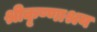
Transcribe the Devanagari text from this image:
श्रीकृष्णाश्रय